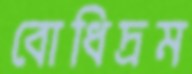
বোধিদ্রম